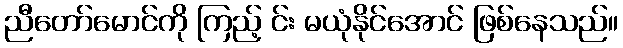
ညီတော်မောင်ကို ကြည့် င်း မယုံနိုင်အောင် ဖြစ်နေသည်။